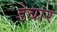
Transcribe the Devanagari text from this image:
डेबार